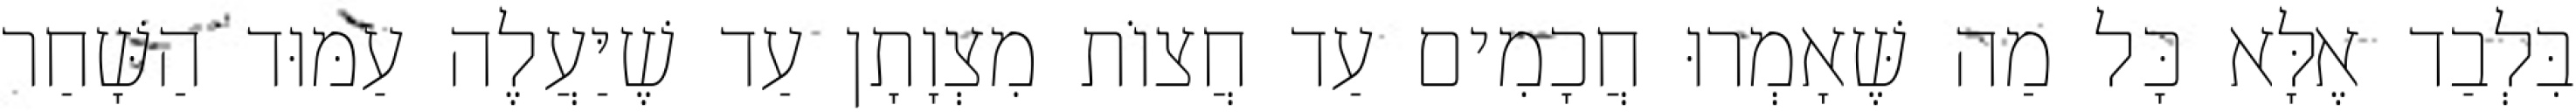
בִּלְבַד אֶלָּא כָּל מַה שֶּׁאָמְרוּ חֲכָמִים עַד חֲצוֹת מִצְוָתָן עַד שֶׁיַּעֲלֶה עַמּוּד הַשָּׁחַר